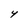
Character: Y